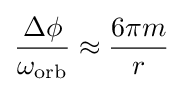
{\frac {\Delta \phi }{\omega _{\rm {orb}}}}\approx {\frac {6\pi m}{r}}